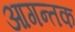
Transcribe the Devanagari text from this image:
आगन्तक